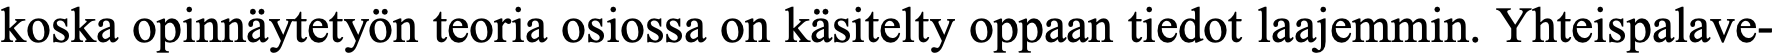
koska opinnäytetyön teoria osiossa on käsitelty oppaan tiedot laajemmin. Yhteispalave-